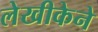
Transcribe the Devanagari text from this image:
लेखीकेने